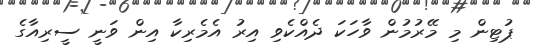
ޕުޓިން މި މޭރުމުން ވާހަކަ ދެއްކެވި އިރު އެމެރިކާ އިން ވަނީ ސީރިއާގެ